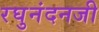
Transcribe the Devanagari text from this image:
रघुनंदनजी